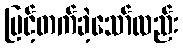
မြင့်တက်ခဲ့သော်လည်း